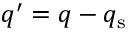
q ^ { \prime } = q - q _ { \mathrm { s } }